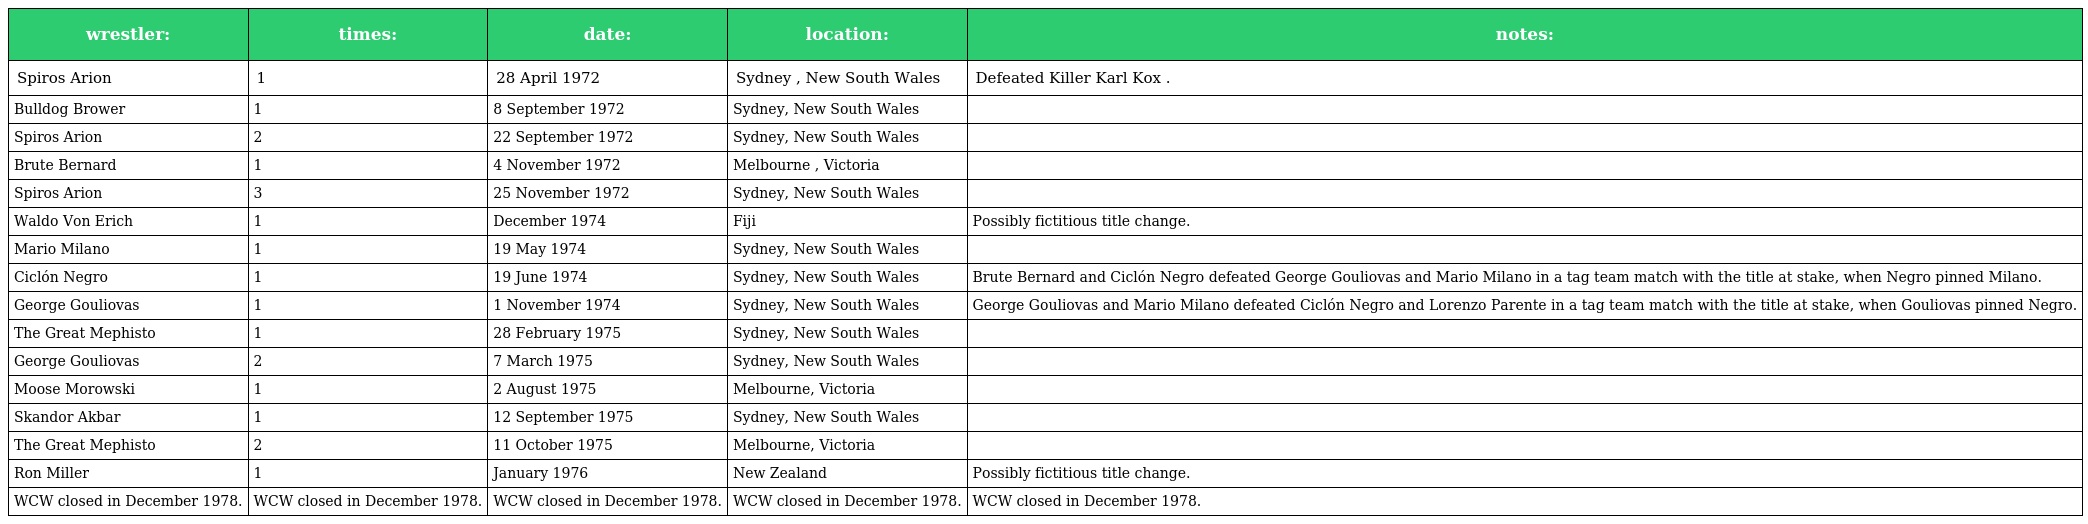
| wrestler: | times: | date: | location: | notes: |
 | --- | --- | --- | --- | --- |
 | Spiros Arion | 1 | 28 April 1972 | Sydney , New South Wales | Defeated Killer Karl Kox . |
 | Bulldog Brower | 1 | 8 September 1972 | Sydney, New South Wales |  |
 | Spiros Arion | 2 | 22 September 1972 | Sydney, New South Wales |  |
 | Brute Bernard | 1 | 4 November 1972 | Melbourne , Victoria |  |
 | Spiros Arion | 3 | 25 November 1972 | Sydney, New South Wales |  |
 | Waldo Von Erich | 1 | December 1974 | Fiji | Possibly fictitious title change. |
 | Mario Milano | 1 | 19 May 1974 | Sydney, New South Wales |  |
 | Ciclón Negro | 1 | 19 June 1974 | Sydney, New South Wales | Brute Bernard and Ciclón Negro defeated George Gouliovas and Mario Milano in a tag team match with the title at stake, when Negro pinned Milano. |
 | George Gouliovas | 1 | 1 November 1974 | Sydney, New South Wales | George Gouliovas and Mario Milano defeated Ciclón Negro and Lorenzo Parente in a tag team match with the title at stake, when Gouliovas pinned Negro. |
 | The Great Mephisto | 1 | 28 February 1975 | Sydney, New South Wales |  |
 | George Gouliovas | 2 | 7 March 1975 | Sydney, New South Wales |  |
 | Moose Morowski | 1 | 2 August 1975 | Melbourne, Victoria |  |
 | Skandor Akbar | 1 | 12 September 1975 | Sydney, New South Wales |  |
 | The Great Mephisto | 2 | 11 October 1975 | Melbourne, Victoria |  |
 | Ron Miller | 1 | January 1976 | New Zealand | Possibly fictitious title change. |
 | WCW closed in December 1978. | WCW closed in December 1978. | WCW closed in December 1978. | WCW closed in December 1978. | WCW closed in December 1978. |